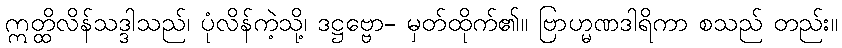
ဣတ္ထိလိန်သဒ္ဒါသည်၊ ပုံလိန်ကဲ့သို့၊ ဒဋ္ဌဗ္ဗော- မှတ်ထိုက်၏။ ဗြာဟ္မဏဒါရိကာ စသည် တည်း။